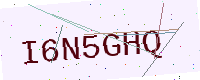
Text: I6N5GHQ